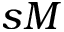
s M